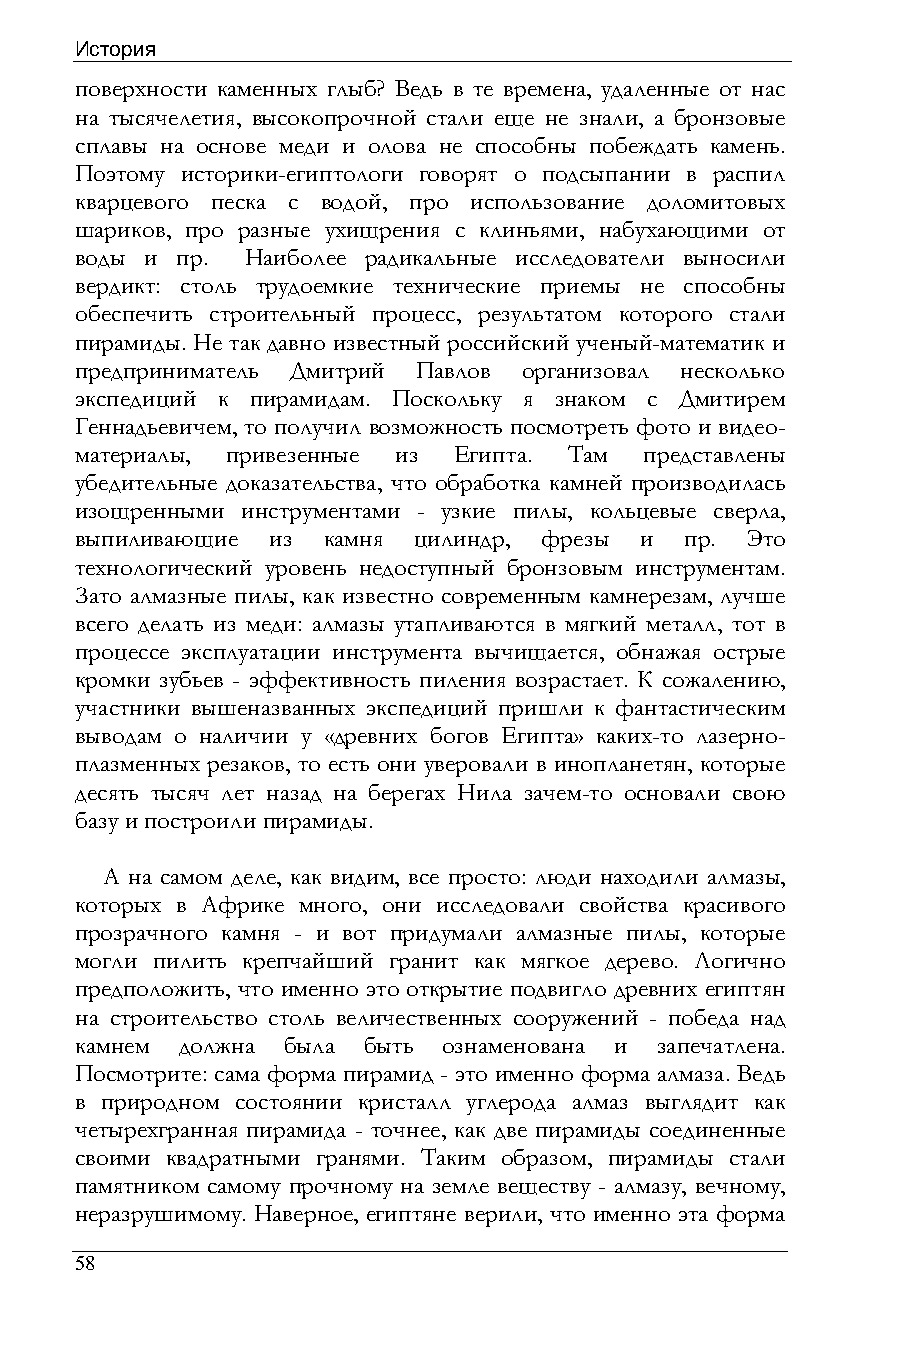
История
 поверхности каменных глыб? Ведь в те времена, удаленные от нас
 на тысячелетия, высокопрочной стали еще не знали, а бронзовые
 сплавы на основе меди и олова не способны побеждать камень.
 Поэтому историки-египтологи говорят о подсыпании в распил
 кварцевого песка с водой, про использование доломитовых
 шариков, про разные ухищрения с клиньями, набухающими от
 воды и пр. Наиболее радикальные исследователи выносили
 вердикт: столь трудоемкие технические приемы не способны
 обеспечить строительный процесс, результатом которого стали
 пирамиды. Не так давно известный российский ученый-математик и
 предприниматель Дмитрий Павлов организовал несколько
 экспедиций к пирамидам. Поскольку я знаком с Дмитирем
 Геннадьевичем, то получил возможность посмотреть фото и видео-
 материалы, привезенные из Египта. Там представлены
 убедительные доказательства, что обработка камней производилась
 изощренными инструментами - узкие пилы, кольцевые сверла,
 выпиливающие из камня цилиндр, фрезы и  пр. Это
 технологический уровень недоступный бронзовым инструментам.
 Зато алмазные пилы, как известно современным камнерезам, лучше
 всего делать из меди: алмазы утапливаются в мягкий металл, тот в
 процессе эксплуатации инструмента вычищается, обнажая острые
 кромки зубьев - эффективность пиления возрастает. К сожалению,
 участники вышеназванных экспедиций пришли к фантастическим
 выводам о наличии у «древних богов Египта» каких-то лазерно-
 плазменных резаков, то есть они уверовали в инопланетян, которые
 десять тысяч лет назад на берегах Нила зачем-то основали свою
 базу и построили пирамиды.
 А на самом деле, как видим, все просто: люди находили алмазы,
 которых в Африке много, они исследовали свойства красивого
 прозрачного камня - и вот придумали алмазные пилы, которые
 могли пилить крепчайший гранит как мягкое дерево. Логично
 предположить, что именно это открытие подвигло древних египтян
 на строительство столь величественных сооружений - победа над
 камнем должна была быть ознаменована и запечатлена.
 Посмотрите: сама форма пирамид - это именно форма алмаза. Ведь
 в природном состоянии кристалл углерода алмаз выглядит как
 четырехгранная пирамида - точнее, как две пирамиды соединенные
 своими квадратными гранями. Таким образом, пирамиды стали
 памятником самому прочному на земле веществу - алмазу, вечному,
 неразрушимому. Наверное, египтяне верили, что именно эта форма
 58